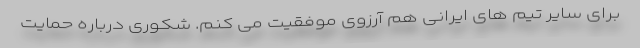
برای سایر تیم های ایرانی هم آرزوی موفقیت می کنم. شکوری درباره حمایت